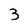
Character: 3